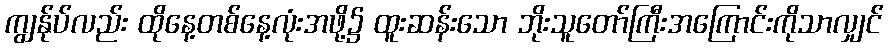
ကျွန်ုပ်လည်း ထိုနေ့တစ်နေ့လုံးအဖို့၌ ထူးဆန်းသော ဘိုးသူတော်ကြီးအကြောင်းကိုသာလျှင်